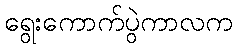
ရွေးကောက်ပွဲကာလက